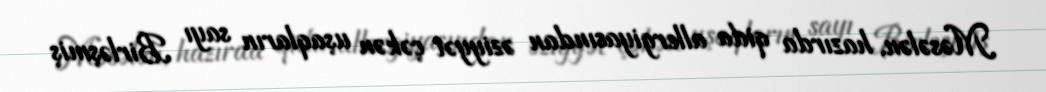
Məsələn, hazırda qida allergiyasından əziyyət çəkən uşaqların sayı Birləşmiş